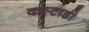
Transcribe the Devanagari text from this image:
कस्टाडी